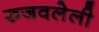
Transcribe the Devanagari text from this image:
रुजवलेली